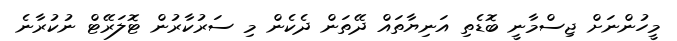
މީހުންނަށް ޖިސްމާނީ ބޮޑެތި އަނިޔާތައް ދޭތަން ދެކެން މި ސަރުކާރުން ޓޮލަރޭޓް ނުކުރާނެ